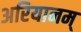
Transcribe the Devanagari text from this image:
अरियानम्